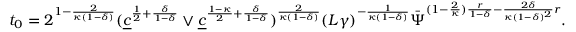
t _ { 0 } = 2 ^ { 1 - \frac { 2 } { \kappa ( 1 - \delta ) } } ( \underline { { c } } ^ { \frac { 1 } { 2 } + \frac { \delta } { 1 - \delta } } \vee \underline { { c } } ^ { \frac { 1 - \kappa } { 2 } + \frac { \delta } { 1 - \delta } } ) ^ { \frac { 2 } { \kappa ( 1 - \delta ) } } ( L \gamma ) ^ { - \frac { 1 } { \kappa ( 1 - \delta ) } } \bar { \Psi } ^ { ( 1 - \frac { 2 } { \kappa } ) \frac { r } { 1 - \delta } - \frac { 2 \delta } { \kappa ( 1 - \delta ) ^ { 2 } } r } .